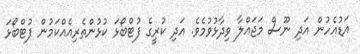
އަޑުއެހުން އަދި ނޫސް މަޖައްލާ ވިދާޅުވުމެވެ. އަދި ކުރީގެ ފުޓްބޯޅަ ކުޅުންތެރިއެއްކަމުން ފުޓްބޯޅަ